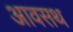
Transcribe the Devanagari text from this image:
आवसथ